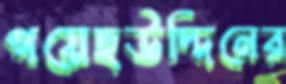
গয়েছউদ্দিনের